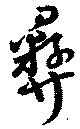
彝